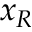
x _ { R }